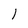
Character: 1